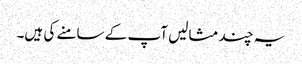
یہ چند مثالیں آپ کے سامنے کی ہیں۔